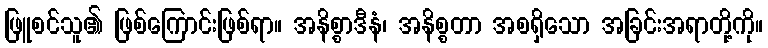
ဖြူစင်သူ၏ ဖြစ်ကြောင်းဖြစ်ရာ။ အနိစ္စာဒီနံ၊ အနိစ္စတာ အစရှိသော အခြင်းအရာတို့ကို။